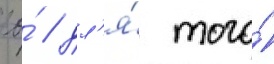
ео́ / дл'я́ того́